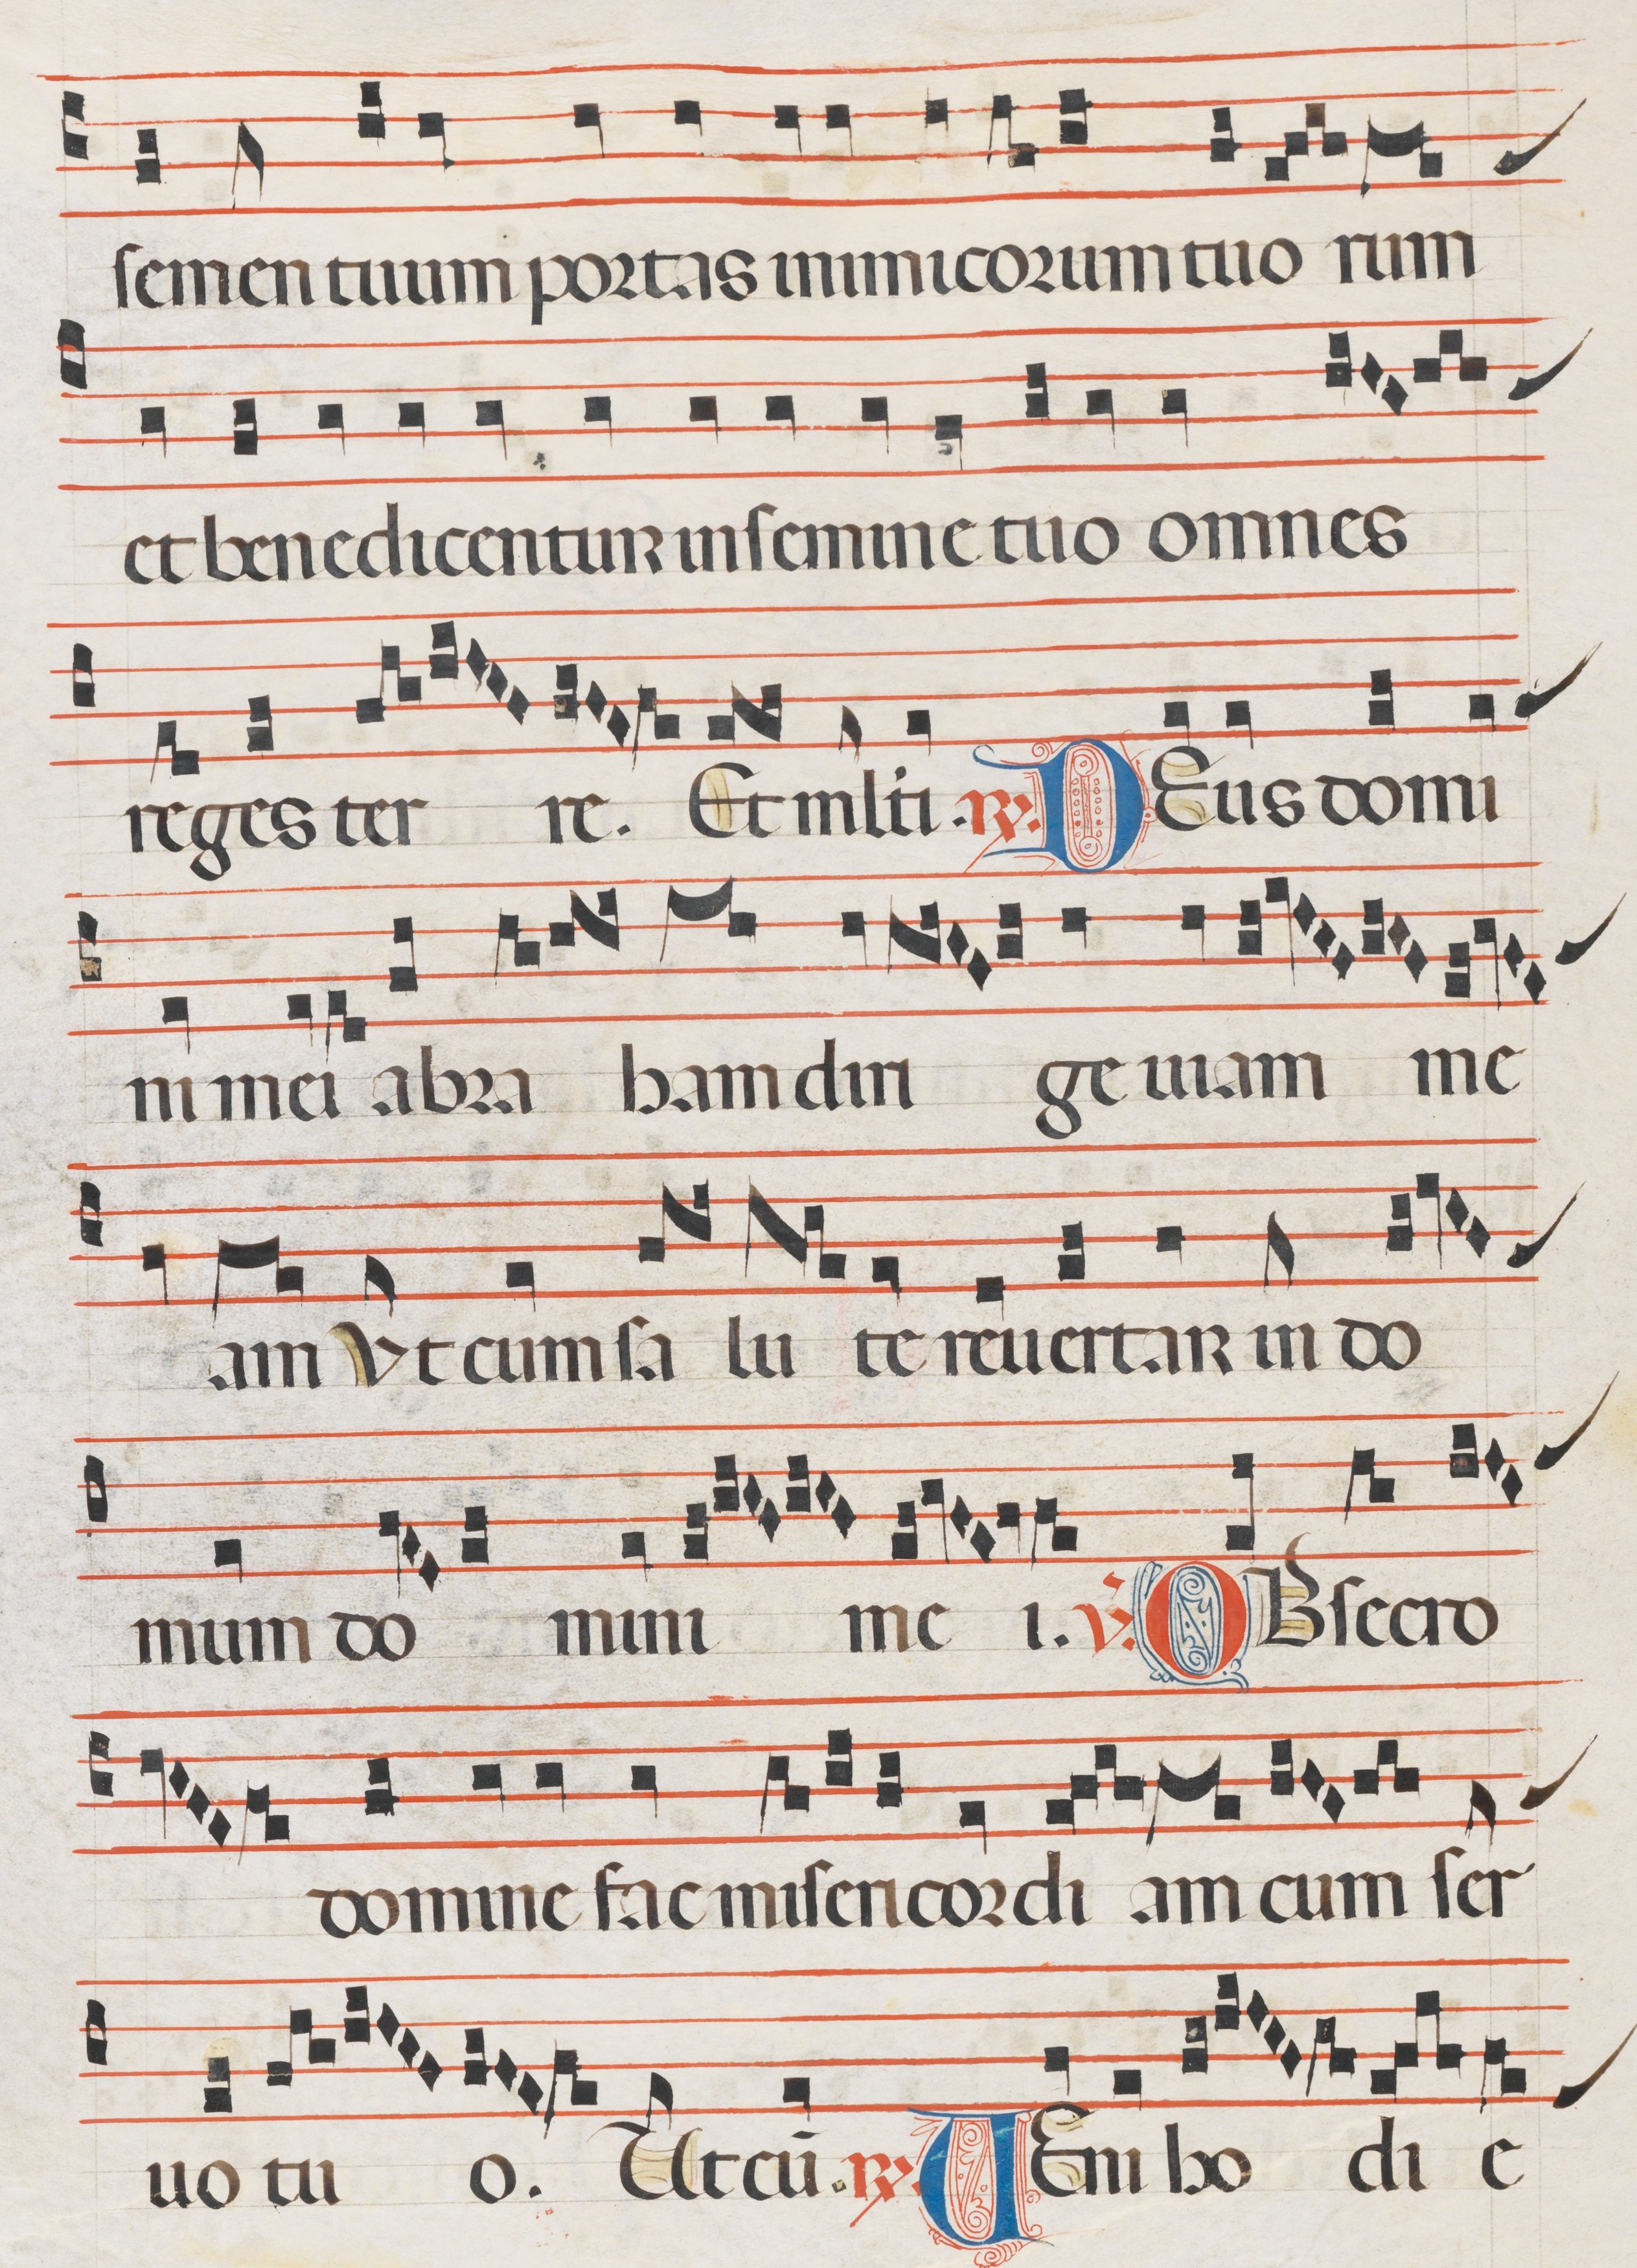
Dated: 1300–1330